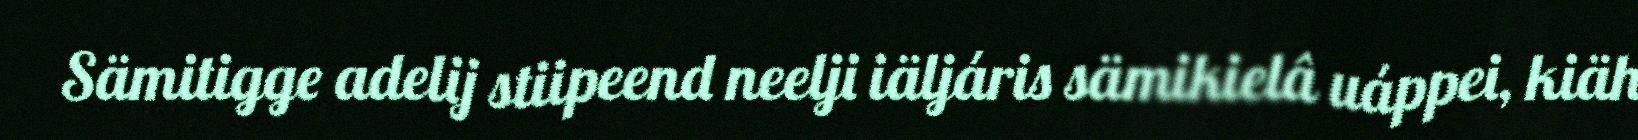
Sämitigge adelij stiipeend neelji iäljáris sämikielâ uáppei, kiäh